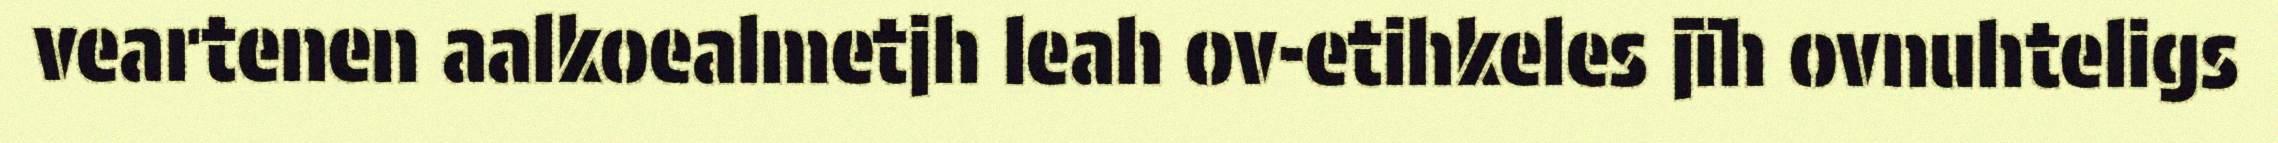
veartenen aalkoealmetjh leah ov-etihkeles jïh ovnuhteligs